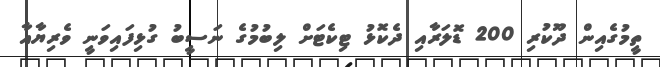
ތީމުގެއިން ދޫކުރި 200 ޑޮލަރާއި ދެކޮޅު ޓިކެޓަށް ލިބުމުގެ ނަސީބު ގުޅިފައިވަނީ ވެރިޔާއާ